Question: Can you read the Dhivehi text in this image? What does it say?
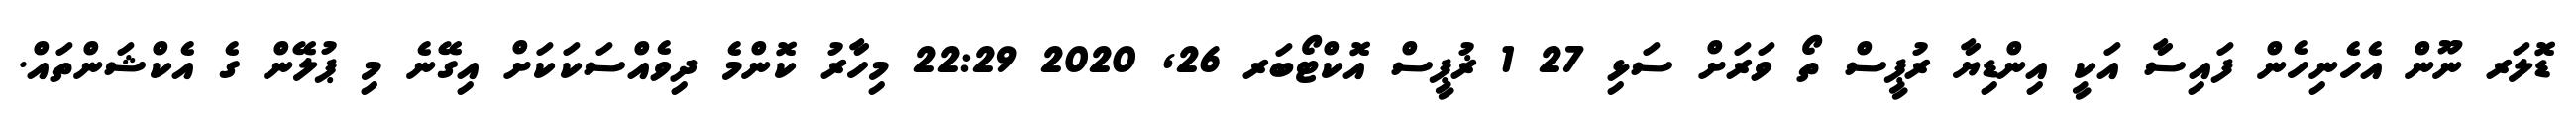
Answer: ޑޮލަރ ނޫން އެހެނިހެން ފައިސާ އަކީ އިންޑިޔާ ރުޕީސް ތޯ ވަރަށް ސަޅި 27 1 ޜުޕީސް އޮކްޓޯބަރ 26, 2020 22:29 މިހާރު ކޮންމެ ދިވެއްސަކަކަށް އިގޭނެ މި ޕުލޭން ގެ އެކްޝަންތައް.